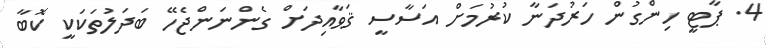
4. ޕާޓީ ހިންގުން ހަރުދަނާ ކުރުމަށް އަސާސީ ޤަވާއިދަށް ގެންނަންޖެހޭ ބަދަލުތަކަކީ ކޮބާ